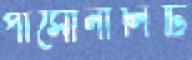
পার্সোনালিটি